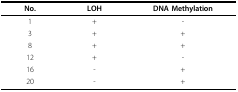
<table><thead><tr><td><b>No.</b></td><td><b>LOH</b></td><td><b>DNA Methylation</b></td></tr></thead><tbody><tr><td>1</td><td>+</td><td>-</td></tr><tr><td>3</td><td>+</td><td>+</td></tr><tr><td>8</td><td>+</td><td>+</td></tr><tr><td>12</td><td>+</td><td>-</td></tr><tr><td>16</td><td>-</td><td>+</td></tr><tr><td>20</td><td>-</td><td>+</td></tr></tbody></table>